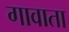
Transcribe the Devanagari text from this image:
गावाता